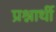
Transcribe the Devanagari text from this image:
प्रश्नार्थी